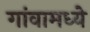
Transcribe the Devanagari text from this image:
गांवामध्ये